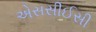
એસસીઈસી